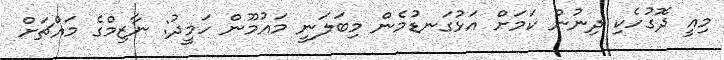
މިއީ ދޮގުހެކި ދިނުން ކަމަށް އަޅުގަނޑުމެން މިބަލަނީ މައުމޫން ހަމީދު: ނާޒިމްގެ މައްޗަށް